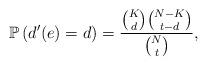
LaTeX: \begin{align*} \mathbb{P} \left( d' (e) = d \right) = \frac{ {K \choose d} {N - K \choose t-d} }{ {N \choose t} },\end{align*}